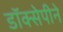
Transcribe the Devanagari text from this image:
डॉक्सेपीने